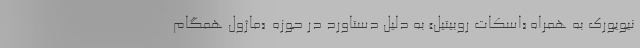
نیویورک به همراه «اسکات روبیتیل» به دلیل دستاورد در حوزه ـ«ماژول همگام